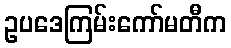
ဥပဒေကြမ်းကော်မတီက